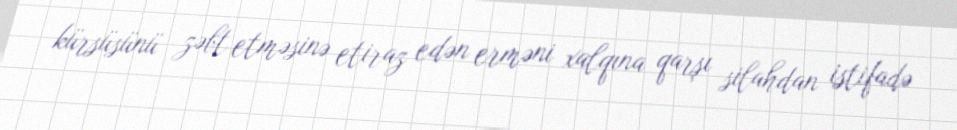
kürsüsünü zəbt etməsinə etiraz edən erməni xalqına qarşı silahdan istifadə